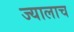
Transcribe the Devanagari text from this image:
ज्यालाच